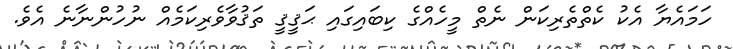
ހަމައެޔާ އެކު ކެތްތެރިކަން ނެތް މީހެއްގެ ކިބައިގައި ޙަޤީޤީ ތަޤުވާވެރިކަމެއް ނުހުންނާނެ އެވެ.